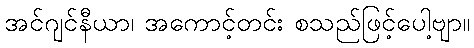
အင်ဂျင်နီယာ၊ အကောင့်တင်း စသည်ဖြင့်ပေါ့ဗျာ။